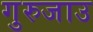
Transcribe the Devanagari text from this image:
गुरुजाउ